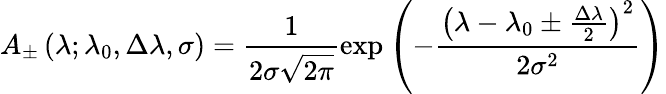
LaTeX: A_{\pm}\left(\lambda;\lambda_{0},\Delta\lambda,\sigma\right)=\frac{1}{2\sigma\sqrt{2\pi}}\exp\left(-\frac{\left(\lambda-\lambda_{0}\pm\frac{\Delta\lambda}{2}\right)^{2}}{2\sigma^{2}}\right)